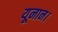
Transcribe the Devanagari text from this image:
यूनान।